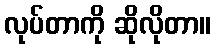
လုပ်တာကို ဆိုလိုတာ။